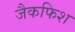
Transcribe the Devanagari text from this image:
जैकफिश